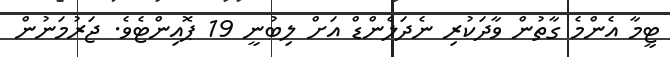
ޓީމާ އެންމެ ގާތުން ވާދަކުރި ނެދަލެންޑް އަށް ލިބުނީ 19 ޕޮއިންޓެވެ. ޖަރުމަނުން